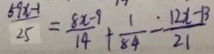
\frac { 6 x - 1 } { 2 5 } = \frac { 8 x - 9 } { 1 4 } + \frac { 1 } { 8 4 } - \frac { 1 2 x - 1 3 } { 2 1 }